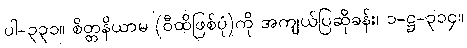
ပါ-၃၃၁။ စိတ္တနိယာမ (ဝီထိဖြစ်ပုံ)ကို အကျယ်ပြဆိုခန်း၊ ၁-ဋ္ဌ-၃၁၄။